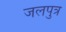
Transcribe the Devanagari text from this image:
जलपुत्र